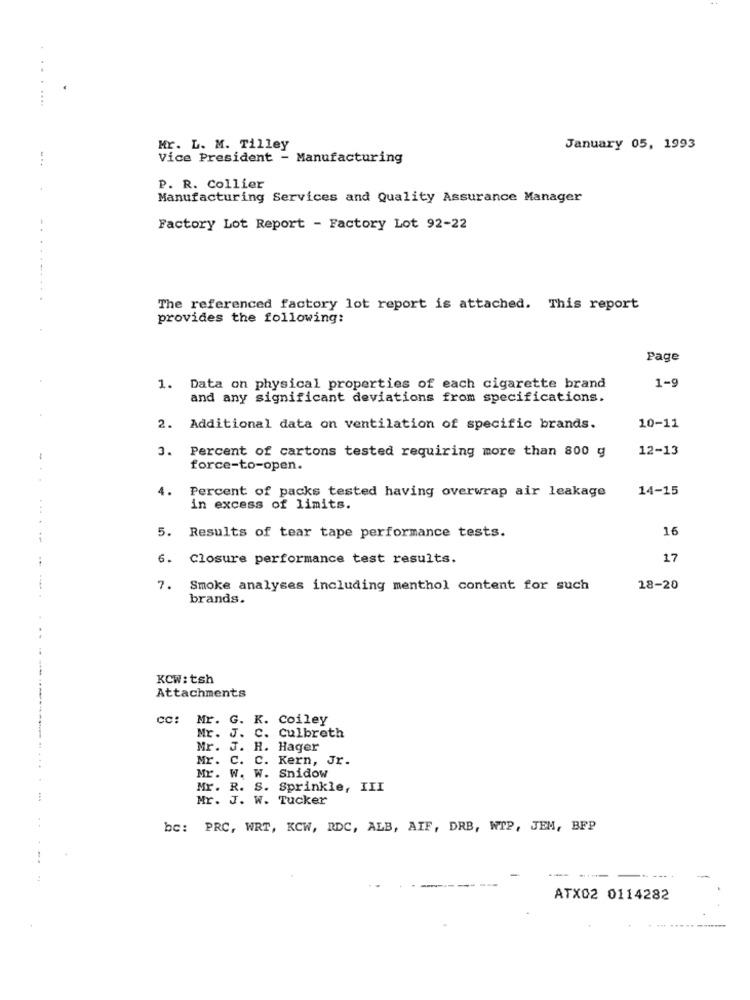
....
Mr. L. M. Tilley
January 05, 1993
...
Vice President - Manufacturing
P. R. Collier
Manufacturing Services and Quality Assurance Manager
Factory Lot Report - Factory Lot 92-22
...-.
The referenced factory lot report is attached. This report
provides the following:
Page
1-9
1. Data on physical properties of each cigarette brand
and any significant deviations from specifications.
2. Additional data on ventilation of specific brands.
10-11
3.
Percent of cartons tested requiring more than 800 g
12-13
-
force-to-open.
4.
Percent of packs tested having overwrap air leakage
14-15
in excess of limits.
16
5. Results of tear tape performance tests.
6. Closure performance test results.
17
7. Smoke analyses including menthol content for such
18-20
brands.
-
KCW: tsh
Attachments
CC:
Mr. G. K. Coiley
Mr. J. C.
Culbreth
Mr. J. H. Hager
Mr. C. C.
bbU
Kern, Jr.
Mr. W. W. Snidow
Mr. R. S. Sprinkle, III
Mr. J. W. Tucker
bc: PRC, WRT, KCW, RDC, ALB, AIF, DRB, WTP, JEM, BFP
-
ATX02 0114282